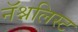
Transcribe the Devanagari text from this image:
नॅश्नलिस्ट